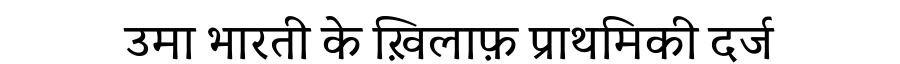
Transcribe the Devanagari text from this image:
उमा भारती के ख़िलाफ़ प्राथमिकी दर्ज